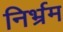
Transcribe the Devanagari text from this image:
निर्भ्रम